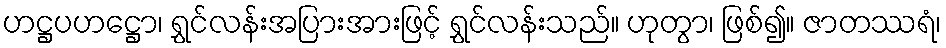
ဟဋ္ဌပဟဋ္ဌော၊ ရွှင်လန်းအပြားအားဖြင့် ရွှင်လန်းသည်။ ဟုတွာ၊ ဖြစ်၍။ ဇာတဿရံ၊